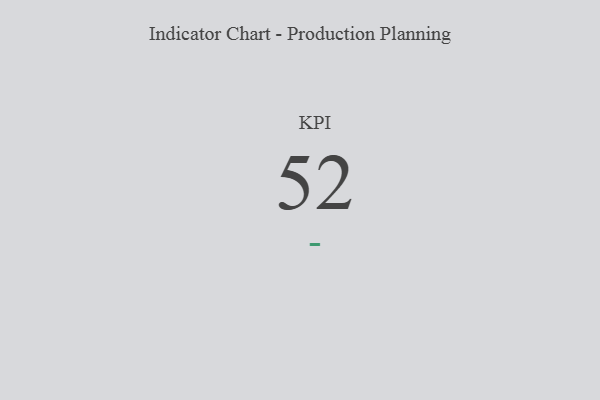
{"axis": {"x": "KPI", "y": "Value"}, "legend": [""], "data": [{"x": "KPI", "y": 52, "type": ""}]}